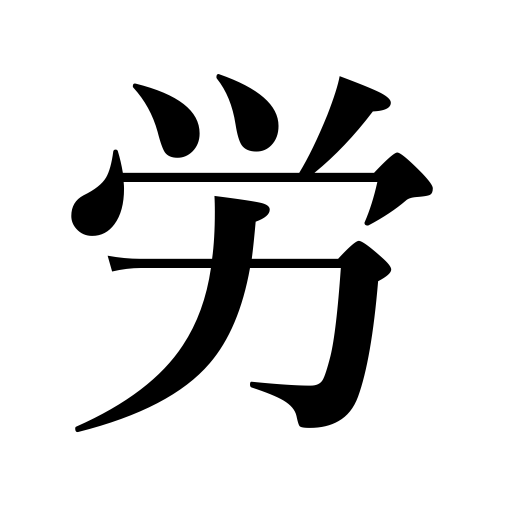
Meanings: trouble,labor,toil